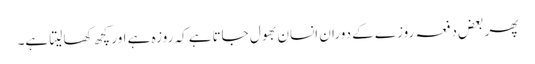
پھر بعض دفعہ روزے کے دوران انسان بھول جاتاہے کہ روزہ ہے اور کچھ کھا لیتا ہے۔